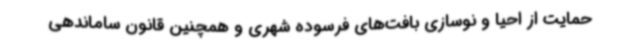
حمایت از احیا و نوسازی بافت‌های فرسوده شهری و همچنین قانون ساماندهی